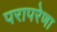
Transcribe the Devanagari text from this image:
परापरेणा